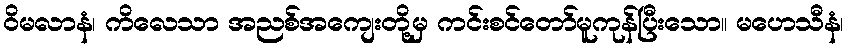
ဝိမလာနံ၊ ကိလေသာ အညစ်အကျေးတို့မှ ကင်းစင်တော်မူကုန်ပြီးသော။ မဟေသီနံ၊